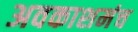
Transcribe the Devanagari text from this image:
अवकाशमंच